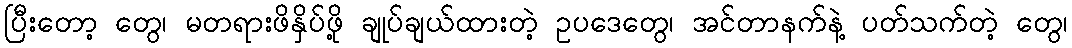
ပြီးတော့ တွေ၊ မတရားဖိနှိပ်ဖို့ ချုပ်ချယ်ထားတဲ့ ဥပဒေတွေ၊ အင်တာနက်နဲ့ ပတ်သက်တဲ့ တွေ၊